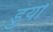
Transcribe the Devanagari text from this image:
डुयो